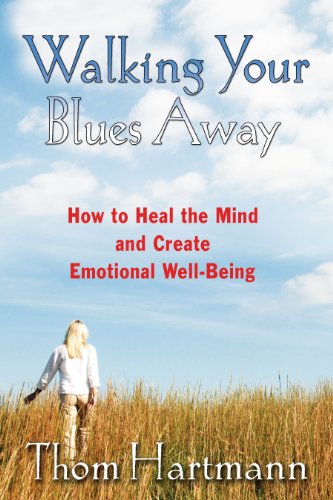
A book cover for Walking Your Blues Away: How to Heal the Mind and Create Emotional Well-Being; Thom Hartmann; Self-Help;